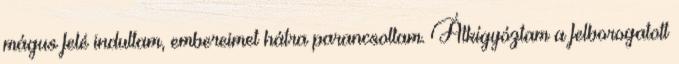
mágus felé indultam, embereimet hátra parancsoltam. Átkígyóztam a felborogatott